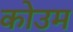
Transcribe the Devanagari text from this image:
कोउम